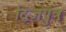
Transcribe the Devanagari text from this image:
द्विजपुत्रः